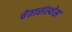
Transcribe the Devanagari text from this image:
चेतासंस्थेस